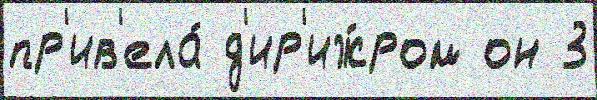
пр'ив'ела́ д'ир'иж́ром он 3